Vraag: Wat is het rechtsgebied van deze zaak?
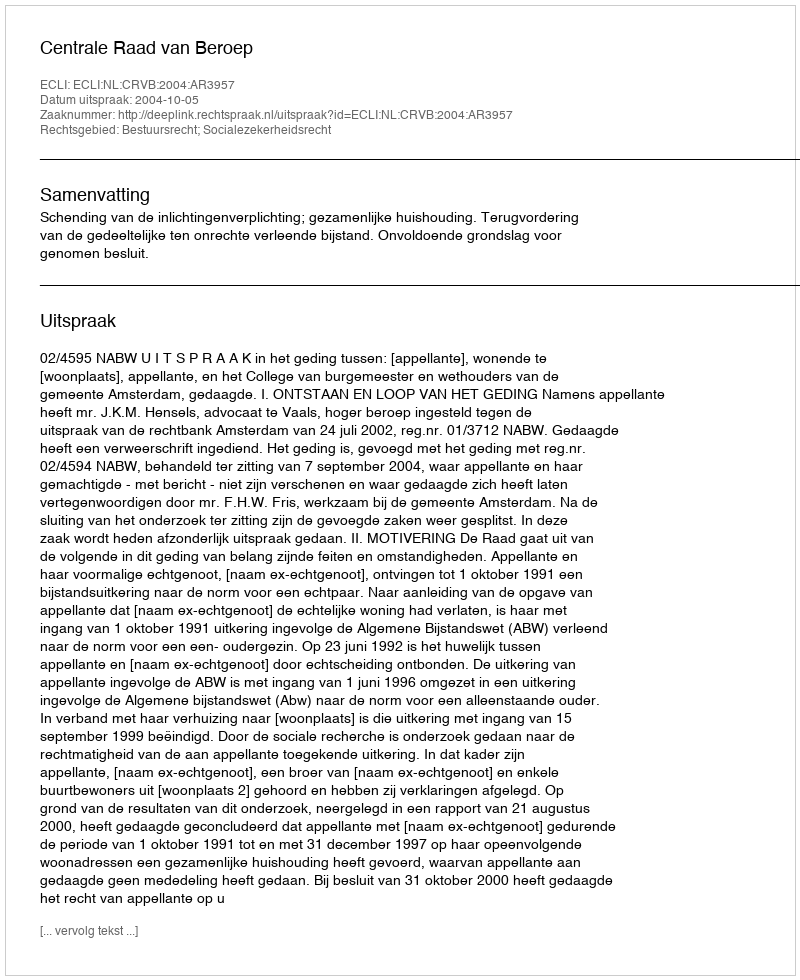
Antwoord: Bestuursrecht; Socialezekerheidsrecht